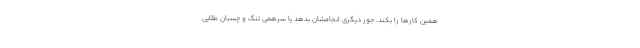
همین کارها را بکند، جور دیگری انجامشان بدهد یا سرهمی تنگ و چسبان طلایی